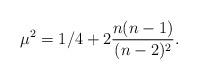
LaTeX: \begin{align*}\mu^2=1/4+2{ {n(n-1)} \over (n-2)^2} .\end{align*}